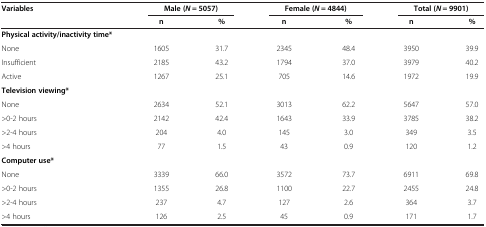
| Variables | <COLSPAN=2> Male (N = 5057) | <COLSPAN=2> Female (N = 4844) | <COLSPAN=2> Total (N = 9901) |
 |  | n | % | n | % | n | % |
 | --- | --- | --- | --- | --- | --- | --- |
 | Physical activity/inactivity time* |  |  |  |  |  |  |
 | None | 1605 | 31.7 | 2345 | 48.4 | 3950 | 39.9 |
 | Insufficient | 2185 | 43.2 | 1794 | 37.0 | 3979 | 40.2 |
 | Active | 1267 | 25.1 | 705 | 14.6 | 1972 | 19.9 |
 | Television viewing* |  |  |  |  |  |  |
 | None | 2634 | 52.1 | 3013 | 62.2 | 5647 | 57.0 |
 | >0-2 hours | 2142 | 42.4 | 1643 | 33.9 | 3785 | 38.2 |
 | >2-4 hours | 204 | 4.0 | 145 | 3.0 | 349 | 3.5 |
 | >4 hours | 77 | 1.5 | 43 | 0.9 | 120 | 1.2 |
 | Computer use* |  |  |  |  |  |  |
 | None | 3339 | 66.0 | 3572 | 73.7 | 6911 | 69.8 |
 | >0-2 hours | 1355 | 26.8 | 1100 | 22.7 | 2455 | 24.8 |
 | >2-4 hours | 237 | 4.7 | 127 | 2.6 | 364 | 3.7 |
 | >4 hours | 126 | 2.5 | 45 | 0.9 | 171 | 1.7 |